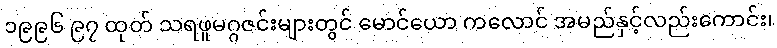
၁၉၉၆ ၉၇ ထုတ် သရဖူမဂ္ဂဇင်းများတွင် မောင်ယော ကလောင် အမည်နှင့်လည်းကောင်း၊